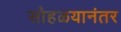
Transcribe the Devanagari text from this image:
सोहळयानंतर